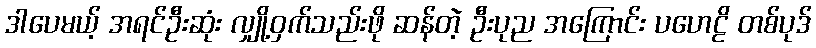
ဒါပေမယ့် အရင်ဦးဆုံး လျှို့ဝှက်သည်းဖို ဆန်တဲ့ ဦးပုည အကြောင်း ပဟေဠိ တစ်ပုဒ်